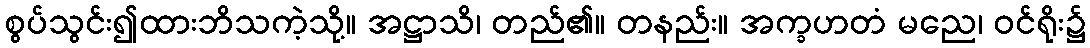
စွပ်သွင်း၍ထားဘိသကဲ့သို့။ အဋ္ဌာသိ၊ တည်၏။ တနည်း။ အက္ခဟတံ မညေ၊ ဝင်ရိုး၌